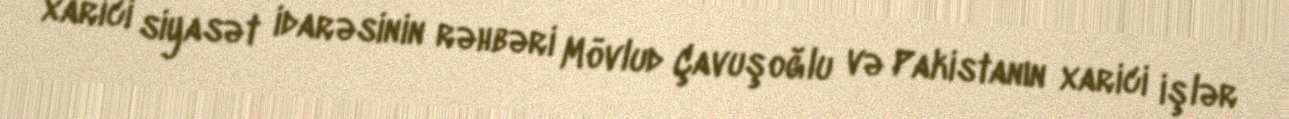
xarici siyasət idarəsinin rəhbəri Mövlud Çavuşoğlu və Pakistanın xarici işlər